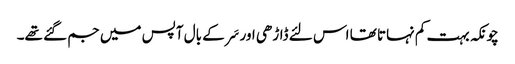
چونکہ بہت کم نہاتا تھا اس لئے ڈاڑھی اور سَر کے بال آپس میں جم گئے تھے۔